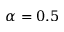
\alpha = 0 . 5